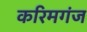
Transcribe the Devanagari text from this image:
करिमगंज